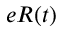
e R ( t )